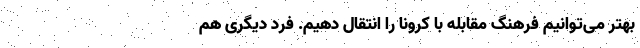
بهتر می‌توانیم فرهنگ مقابله با کرونا را انتقال دهیم. فرد دیگری هم